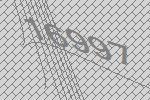
16997